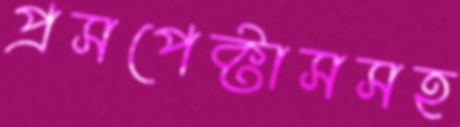
প্রসপেক্টাসসহ